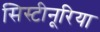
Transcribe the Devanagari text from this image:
सिस्टीनूरिया